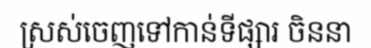
ស្រស់ចេញទៅកាន់ទីផ្សារ ចិននា